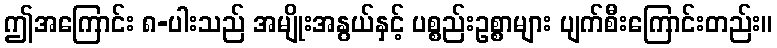
ဤအကြောင်း ၈-ပါးသည် အမျိုးအနွယ်နှင့် ပစ္စည်းဥစ္စာများ ပျက်စီးကြောင်းတည်း။